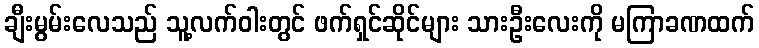
ချီးမွမ်းလေသည် သူ့လက်ဝါးတွင် ဖက်ရှင်ဆိုင်များ သားဦးလေးကို မကြာခဏထက်